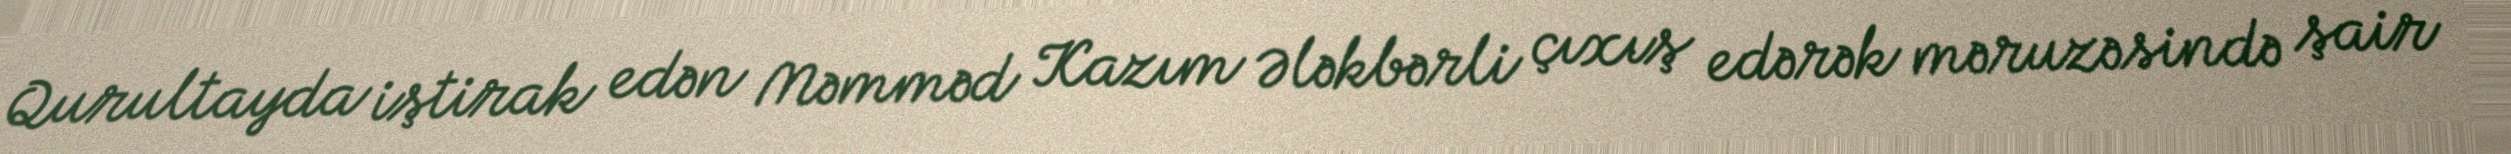
Qurultayda iştirak edən Məmməd Kazım Ələkbərli çıxış edərək məruzəsində şair